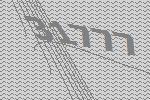
31777